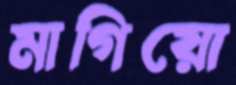
মাগিয়ো